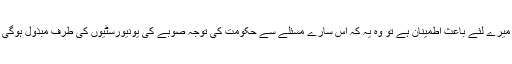
بہرحال اس ساری کچھڑی میں اگر کوئی بات میرے لئے باعث اطمینان ہے تو وہ یہ کہ اس سارے مسئلے سے حکومت کی توجہ صوبے کی یونیورسٹیوں کی طرف مبذول ہوگی جہاں بہت ساری اصلاحات کی ضرورت ہے۔